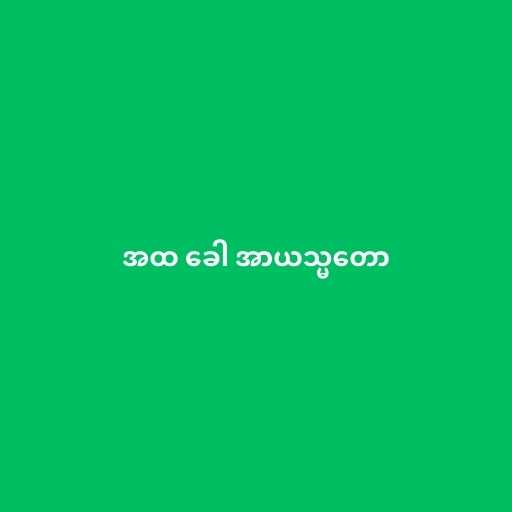
အထ ခေါ အာယသ္မတော